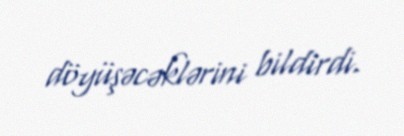
döyüşəcəklərini bildirdi.